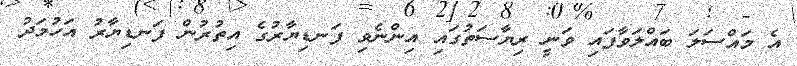
އެ މައްސަލަ ބައްލަވާފައި ވަނީ ރިޔާސަތުގައި އިންނެވި ފަނޑިޔާރުގެ އިތުރުން ފަނޑިޔާރު އަހުމަދު